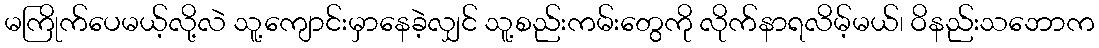
မကြိုက်ပေမယ့်လို့လဲ သူ့ကျောင်းမှာနေခဲ့လျှင် သူ့စည်းကမ်းတွေကို လိုက်နာရလိမ့်မယ်၊ ဝိနည်းသဘောက